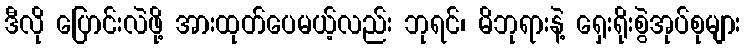
ဒီလို ပြောင်းလဲဖို့ အားထုတ်ပေမယ့်လည်း ဘုရင်၊ မိဘုရားနဲ့ ရှေးရိုးစွဲအုပ်စုများ